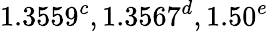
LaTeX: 1.3559^{c},1.3567^{d},1.50^{e}